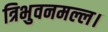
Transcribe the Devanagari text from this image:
त्रिभुवनमल्ल।